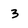
Character: 3